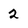
Character: 2